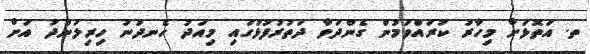
ތ. އަތޮޅަށް މިހާރު ކުރައްވަމުން ގެންދަވާ ދަތުރުފުޅުގައި މިއަދު ހެނދުނު ހިރިލަންދު އަށް